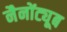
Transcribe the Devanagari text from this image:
नैनोंट्यूब